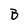
Character: B